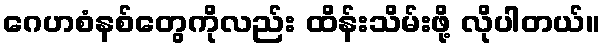
ဂေဟစံနစ်တွေကိုလည်း ထိန်းသိမ်းဖို့ လိုပါတယ်။